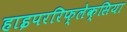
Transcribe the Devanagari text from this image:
हाइपररिफ्लेक्सिया